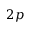
2 p